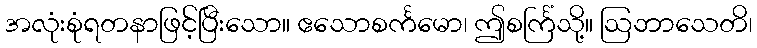
အလုံးစုံရတနာဖြင့်ပြီးသော။ ဧသောစင်္ကမော၊ ဤစင်္ကြံသို့။ ဩဘာသေတိ၊